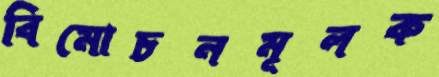
বিমোচনমূলক